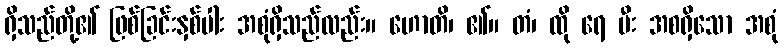
ရှိသည်တို့၏ ဖြစ်ခြင်းနှစ်ပါး အစုံရှိသည်လည်း။ ဟောတိ၊ ၏။ တံ၊ ထို ရေ မီး အစရှိသော အစုံ